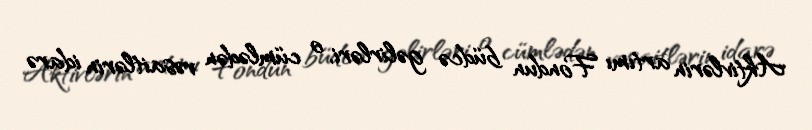
Aktivlərin artımı Fondun büdcə gəlirləri, o cümlədən vəsaitlərin idarə